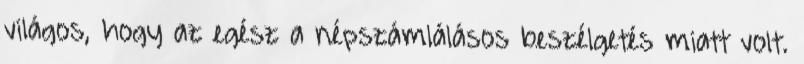
világos, hogy az egész a népszámlálásos beszélgetés miatt volt.